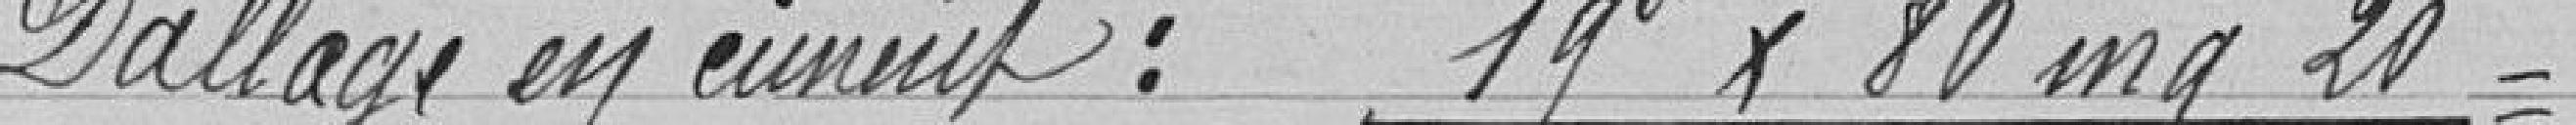
Dallage en ciment : 19 x 80 mq 20